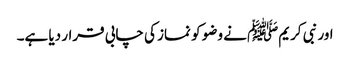
اور نبی کریمﷺ نے وضو کو نماز کی چابی قرار دیا ہے۔